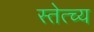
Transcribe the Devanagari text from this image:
स्तेत्च्य